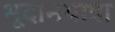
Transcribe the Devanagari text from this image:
भूदानयात्रा